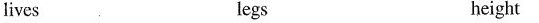
lives legs height